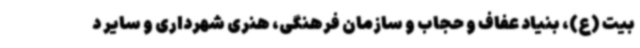
بیت (ع)، بنیاد عفاف و حجاب و سازمان فرهنگی، هنری شهرداری و سایر د